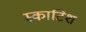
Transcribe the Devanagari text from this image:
स्‍काटिश